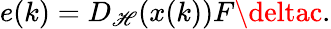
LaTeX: e(k)=D_{\mathscr{H}}(x(k))F\deltac.